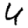
Digit: 4